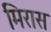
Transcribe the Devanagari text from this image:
मिरास